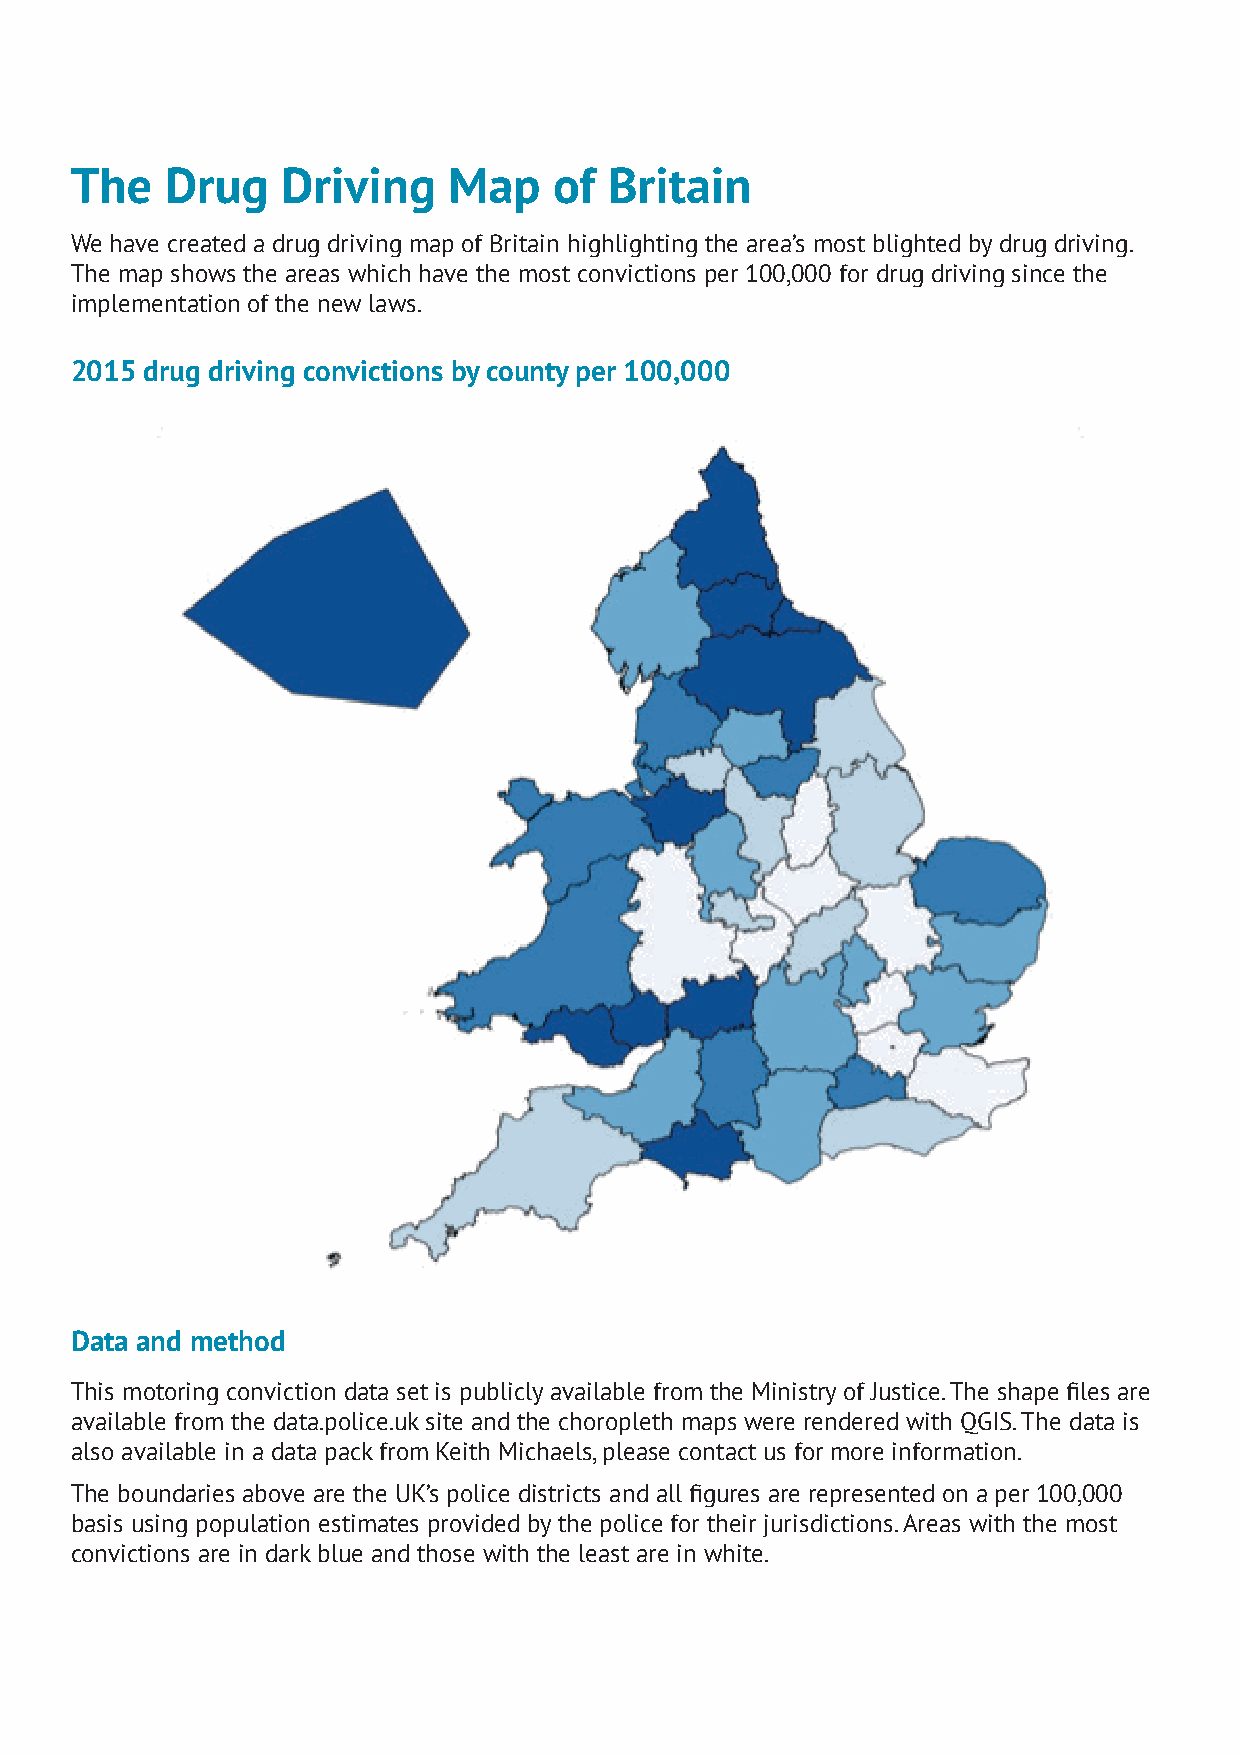
The   Drug    Driving    Map    of Britain
 We have created a drug driving map of Britain highlighting the area’s most blighted by drug driving.
 The map shows the areas which have the most convictions per 100,000 for drug driving since the
 implementation of the new laws.
 2015 drug driving convictions by county per 100,000
 Data and method
 This motoring conviction data set is publicly available from the Ministry of Justice. The shape files are
 available from the data.police.uk site and the choropleth maps were rendered with QGIS. The data is
 also available in a data pack from Keith Michaels, please contact us for more information.
 The boundaries above are the UK’s police districts and all figures are represented on a per 100,000
 basis using population estimates provided by the police for their jurisdictions. Areas with the most
 convictions are in dark blue and those with the least are in white.